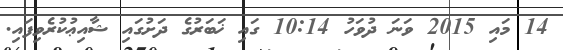
14 މައި 2015 ވަނަ ދުވަހު 10:14 ގައި ޚަބަރުގެ ދަށުގައި ޝާއިޢުކުރެވިފައި.